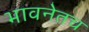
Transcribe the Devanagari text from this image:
भावनेतच